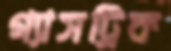
গ্যাসট্রিক